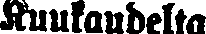
Kuukaudelta